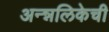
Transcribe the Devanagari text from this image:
अन्न्नलिकेची